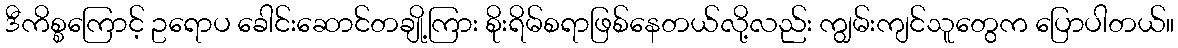
ဒီကိစ္စကြောင့် ဥရောပ ခေါင်းဆောင်တချို့ကြား စိုးရိမ်စရာဖြစ်နေတယ်လို့လည်း ကျွမ်းကျင်သူတွေက ပြောပါတယ်။